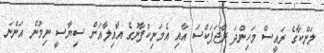
ލަންކާގެ ރައީސް މަހިންދަ ރާޖަޕަކްސަ އާއި އެމަނިކުފާނުގެ އާއިލާއަށް ސިޔާސީ ނިމުން އަންނަ